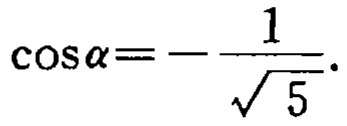
\(\cos\alpha = -\frac{1}{\sqrt{5}}\)